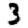
Digit: 3